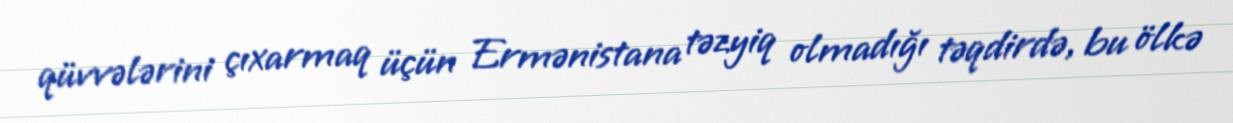
qüvvələrini çıxarmaq üçün Ermənistana təzyiq olmadığı təqdirdə, bu ölkə